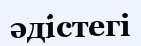
әдістегі